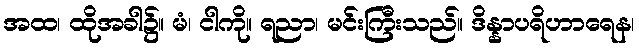
အထ၊ ထိုအခါ၌။ မံ၊ ငါကို။ ရညာ၊ မင်းကြီးသည်။ ဒိန္နာပရိဟာရေန၊